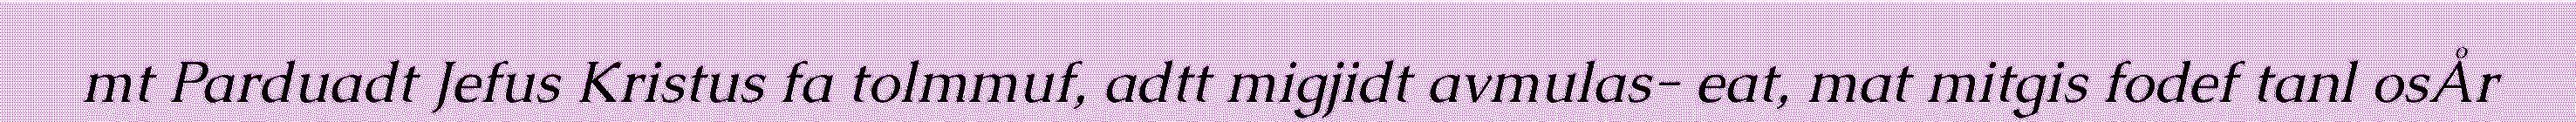
mt Parduadt Jefus Kristus fa tolmmuf, adtt migjidt avmulas- eat, mat mitgis fodef tanl osÅr